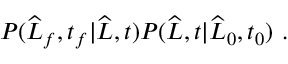
\begin{array} { r } { P ( \widehat { L } _ { f } , t _ { f } | \widehat { L } , t ) P ( \widehat { L } , t | \widehat { L } _ { 0 } , t _ { 0 } ) \ . } \end{array}